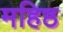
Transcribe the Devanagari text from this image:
महिष्ठ